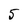
Character: 5